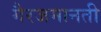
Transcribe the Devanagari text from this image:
गैरजमानती